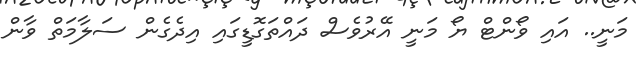
މަނީ.. އައި ވޯންޓް ޔޯ މަނީ އޭރުވެސް ދައްތަގޮޑީގައި އިދެގެން ސަލާމަތް ވާން